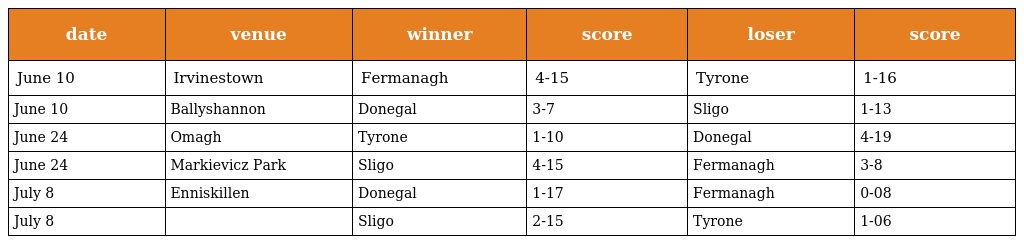
| date | venue | winner | score | loser | score |
 | --- | --- | --- | --- | --- | --- |
 | June 10 | Irvinestown | Fermanagh | 4-15 | Tyrone | 1-16 |
 | June 10 | Ballyshannon | Donegal | 3-7 | Sligo | 1-13 |
 | June 24 | Omagh | Tyrone | 1-10 | Donegal | 4-19 |
 | June 24 | Markievicz Park | Sligo | 4-15 | Fermanagh | 3-8 |
 | July 8 | Enniskillen | Donegal | 1-17 | Fermanagh | 0-08 |
 | July 8 |  | Sligo | 2-15 | Tyrone | 1-06 |